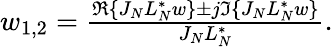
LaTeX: \begin{array}{r}{w_{1,2}=\frac{\Re{\{ J_{N}L_{N}^{*}w\} }\pm j\Im{\{ J_{N}L_{N}^{*}w\} }}{J_{N}L_{N}^{*}}.}\end{array}